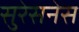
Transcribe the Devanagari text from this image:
सुरेसनेस